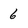
Character: 6